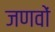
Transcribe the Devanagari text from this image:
जणवों